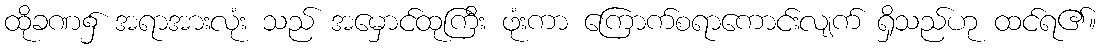
ထိုခဏ၌ အရာအားလုံး သည် အမှောင်ထုကြီး ဖုံးကာ ကြောက်စရာကောင်းလျက် ရှိသည်ဟု ထင်ရ၏။